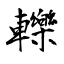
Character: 轢